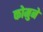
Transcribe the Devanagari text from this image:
कोमुने